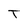
Character: T